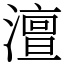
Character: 澶